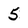
Character: 5